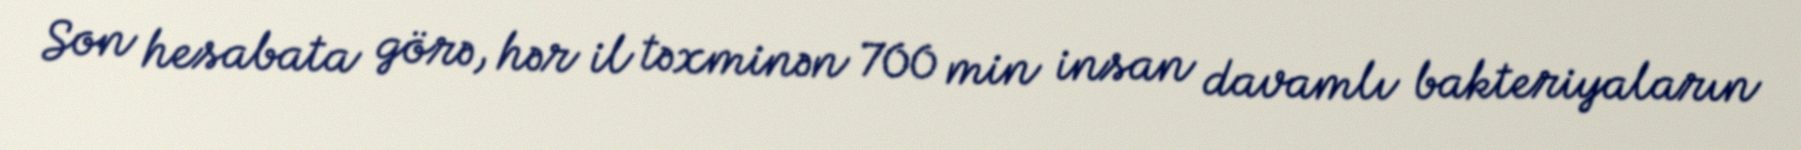
Son hesabata görə, hər il təxminən 700 min insan davamlı bakteriyaların